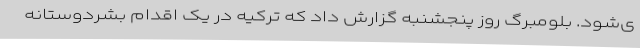
ی‌شود. بلومبرگ روز پنجشنبه گزارش داد که ترکیه در یک اقدام بشردوستانه